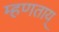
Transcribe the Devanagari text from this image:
म्हणताय्